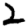
Digit: 2